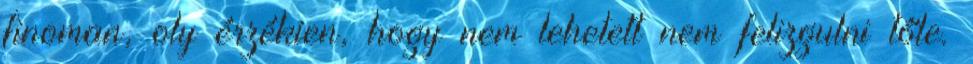
finoman, oly érzékien, hogy nem lehetett nem felizgulni tőle.